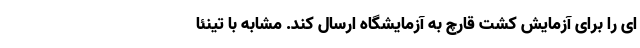
ای را برای آزمایش کشت قارچ به آزمایشگاه ارسال کند. مشابه با تینئا